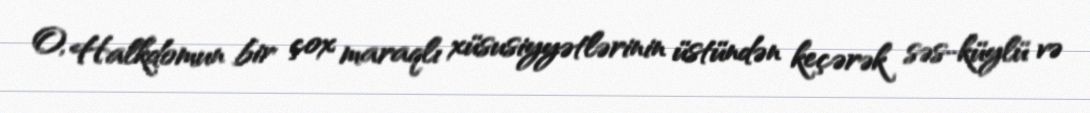
O, Halkdomun bir çox maraqlı xüsusiyyətlərinin üstündən keçərək səs-küylü və